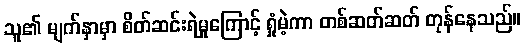
သူ၏ မျက်နှာမှာ စိတ်ဆင်းရဲမှုကြောင့် ရှုံမဲ့ကာ တစ်ဆတ်ဆတ် တုန်နေသည်။